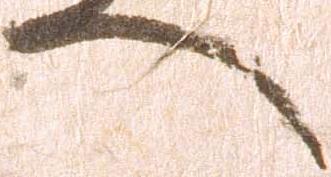
へ